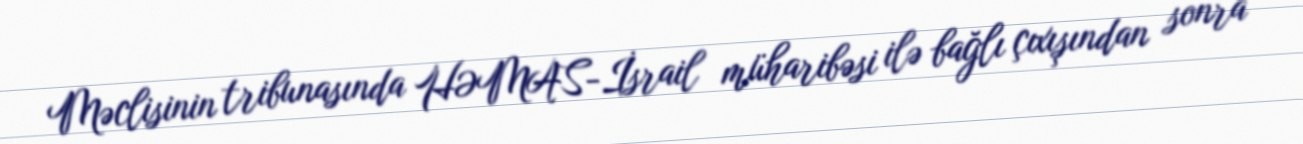
Məclisinin tribunasında HƏMAS-İsrail müharibəsi ilə bağlı çıxışından sonra